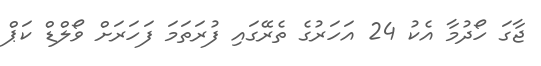
ޖާގަ ހޯދުމާ އެކު 24 އަހަރުގެ ތެރޭގައި ފުރަތަމަ ފަހަރަށް ވޯލްޑް ކަޕް